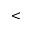
<